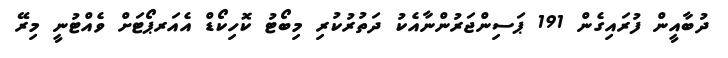
ދުބާއީން ފުރައިގެން 191 ޕަސިންޖަރުންނާއެކު ދަތުރުކުރި މިބޯޓު ކޮހިކޯޑް އެއަރޕޯޓަށް ވެއްޓުނީ މިރޭ